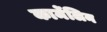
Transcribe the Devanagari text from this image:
कार्मेलिन